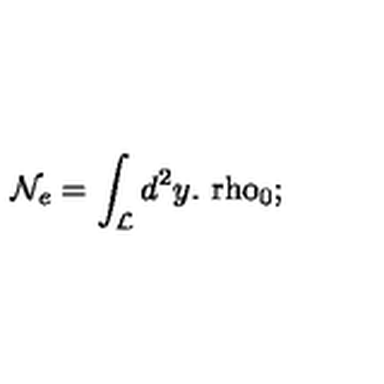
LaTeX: \mathcal { N } _ { e } = \int _ { \mathcal { L } } d ^ { 2 } y . \mathrm { \ r h o } _ { 0 } \mathrm { ; \quad }